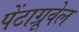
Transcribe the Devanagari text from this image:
पेंटाग्रूवेल